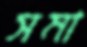
সমা